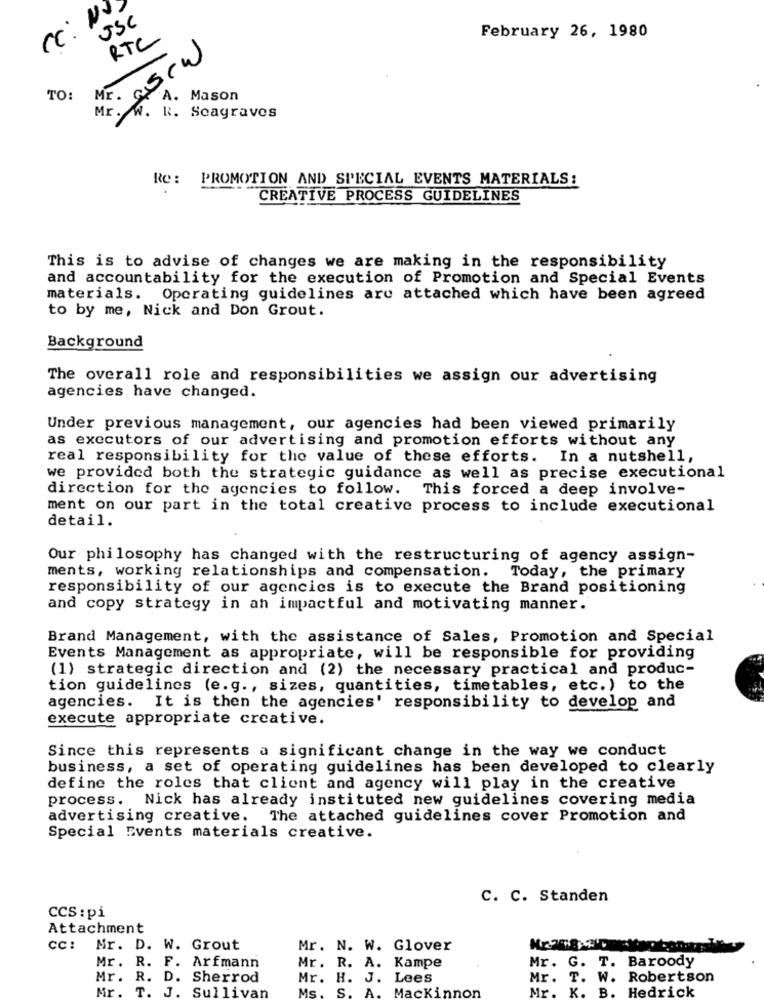
JSC
RTC
February 26, 1980
Mr. Scw
TO:
A. Mason
Mr. W. 1
R. Scagraves
Re: PROMOTION AND SPECIAL EVENTS MATERIALS:
CREATIVE PROCESS GUIDELINES
This is to advise of changes we are making in the responsibility
and accountability for the execution of Promotion and Special Events
materials. Operating guidelines are attached which have been agreed
to by me, Nick and Don Grout.
Background
The overall role and responsibilities we assign our advertising
agencies have changed.
Under previous management, our agencies had been viewed primarily
as executors of our advertising and promotion efforts without any
real responsibility for the value of these efforts. In a nutshell,
we provided both the strategic guidance as well as precise executional
direction for the agencies to follow.
This forced a deep involve-
ment on our part in the total creative process to include executional
detail.
Our philosophy has changed with the restructuring of agency assign-
ments, working relationships and compensation. Today, the primary
responsibility of our agencies is to execute the Brand positioning
and copy strategy in an impactful and motivating manner.
Brand Management, with the assistance of Sales, Promotion and Special
Events Management as appropriate, will be responsible for providing
(1) strategic direction and (2) the necessary practical and produc-
tion guidelines (e.g ., sizes, quantities, timetables, etc.) to the
agencies. It is then the agencies' responsibility to develop and
execute appropriate creative.
Since this represents a significant change in the way we conduct
business, a set of operating guidelines has been developed to clearly
define the roles that client and agency will play in the creative
process. Nick has already instituted new guidelines covering media
advertising creative. The attached guidelines cover Promotion and
Special Events materials creative.
C. C. Standen
CCS : pi
Attachment
CC:
Mr. D. W. Grout
Mr. N. W. Glover
Mr. G. T. Baroody
Mr. R. F. Arfmann
Mr. R. A. Kampe
Mr. R. D. Sherrod
Mr. H. J. Lees
Mr. T. W. Robertson
Mr.
Ms
Mackinnon
Mr.
K. B.
Hedrick
T. J. Sullivan
S. A.